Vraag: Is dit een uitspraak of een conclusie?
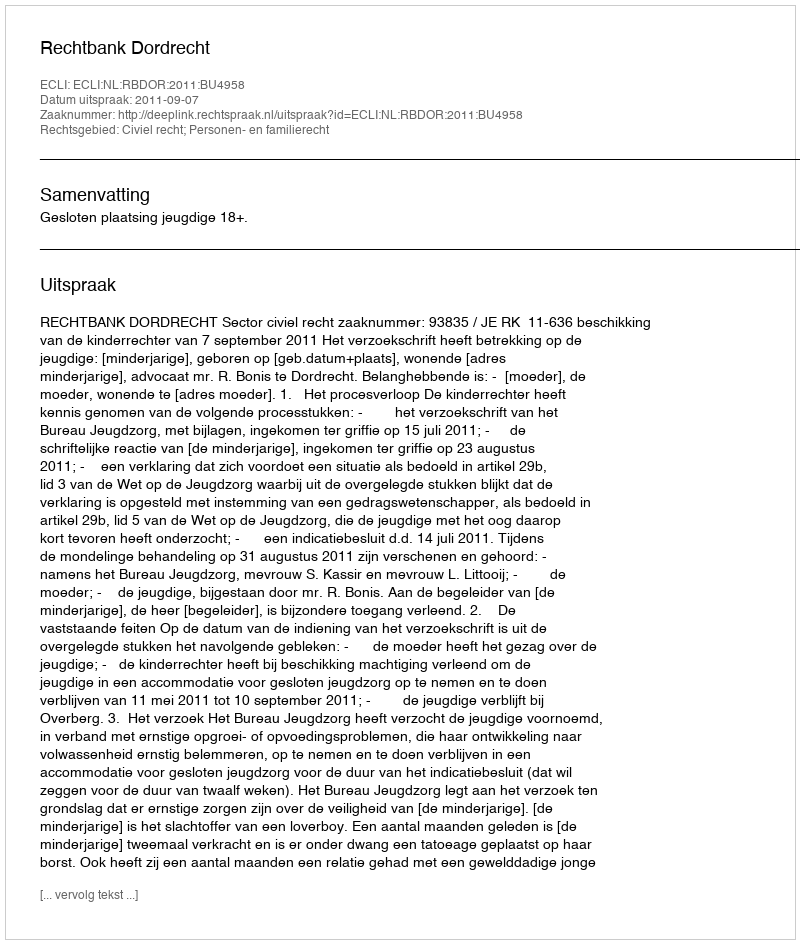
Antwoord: Uitspraak